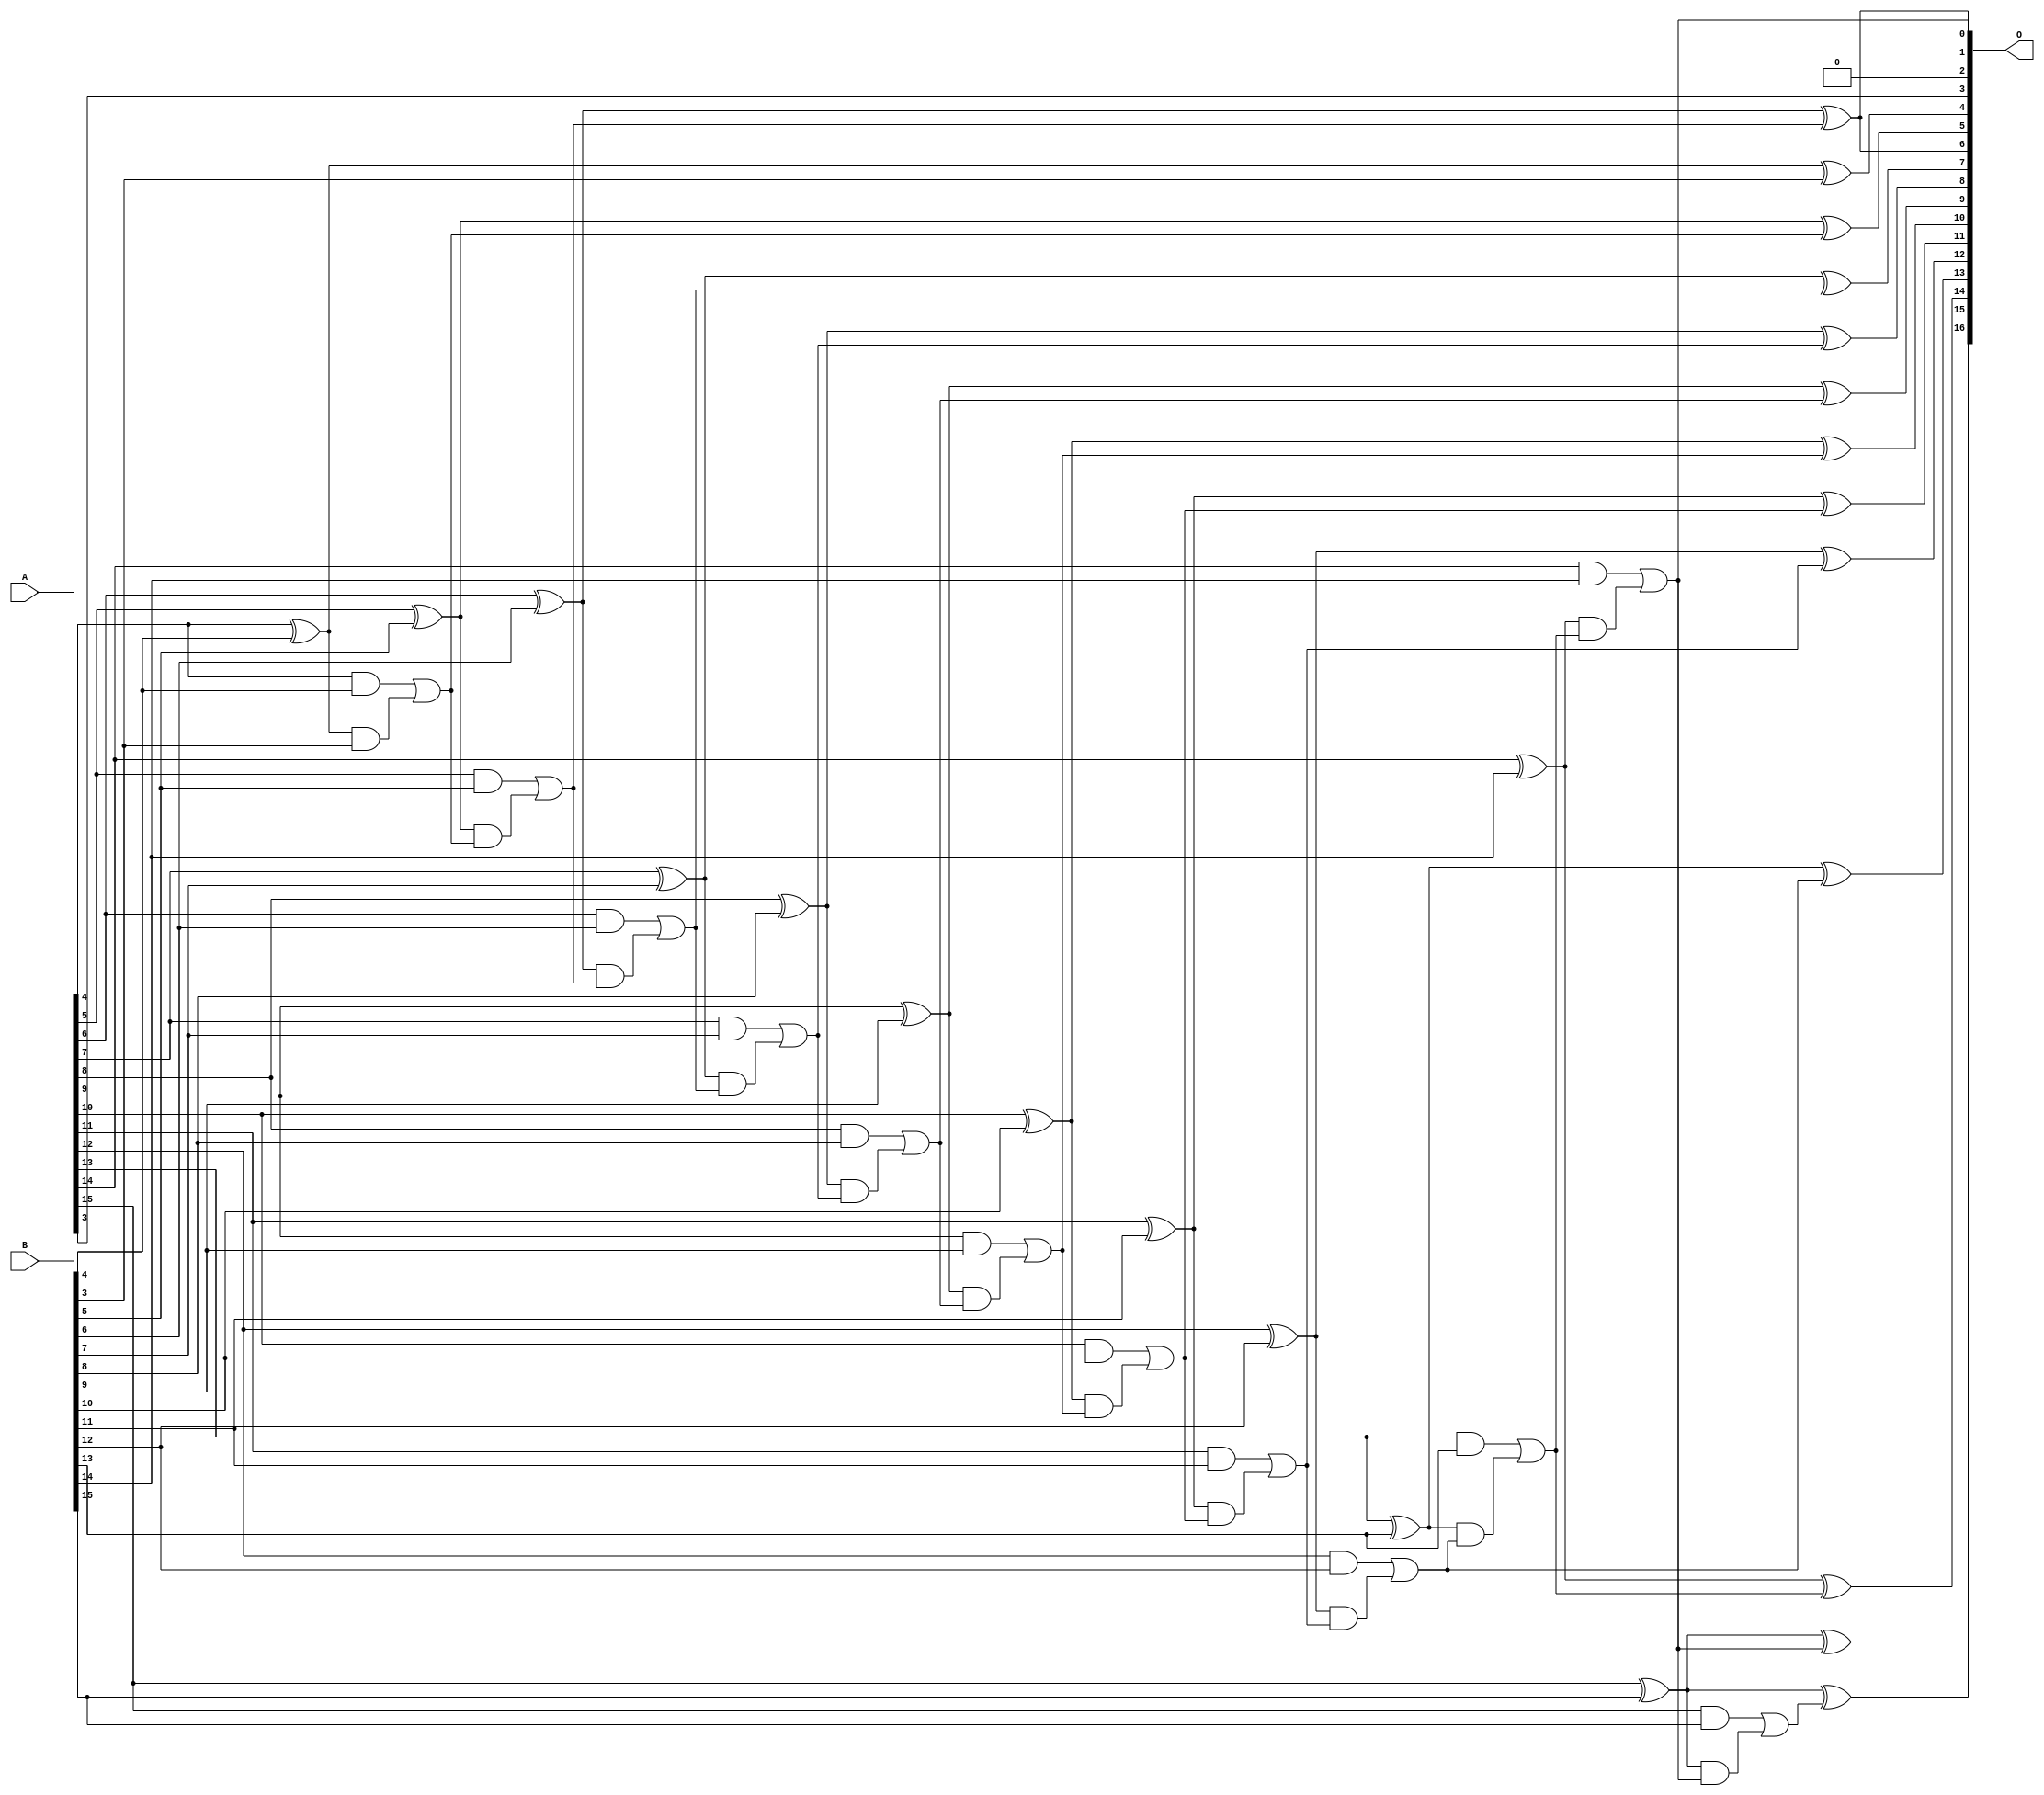
/***
* This code is a part of EvoApproxLib library (ehw.fit.vutbr.cz/approxlib) distributed under The MIT License.
* When used, please cite the following article(s): V. Mrazek, L. Sekanina, Z. Vasicek "Libraries of Approximate Circuits: Automated Design and Application in CNN Accelerators" IEEE Journal on Emerging and Selected Topics in Circuits and Systems, Vol 10, No 4, 2020 
* This file contains a circuit from a sub-set of pareto optimal circuits with respect to the pwr and mse parameters
***/
// MAE% = 0.0069 %
// MAE = 4.5 
// WCE% = 0.021 %
// WCE = 14 
// WCRE% = 900.00 %
// EP% = 93.75 %
// MRE% = 0.15 %
// MSE = 30 
// PDK45_PWR = 0.057 mW
// PDK45_AREA = 111.2 um2
// PDK45_DELAY = 1.00 ns

module add16se_1Y7 (
    A,
    B,
    O
);

input [15:0] A;
input [15:0] B;
output [16:0] O;

wire sig_49,sig_50,sig_51,sig_52,sig_53,sig_54,sig_55,sig_56,sig_57,sig_58,sig_59,sig_60,sig_61,sig_62,sig_63,sig_64,sig_65,sig_66,sig_67,sig_68;
wire sig_69,sig_70,sig_71,sig_72,sig_73,sig_74,sig_75,sig_76,sig_77,sig_78,sig_79,sig_80,sig_81,sig_82,sig_83,sig_84,sig_85,sig_86,sig_87,sig_88;
wire sig_89,sig_90,sig_91,sig_92,sig_93,sig_94,sig_95,sig_96,sig_97,sig_98,sig_99,sig_100,sig_101,sig_102,sig_103,sig_104,sig_105,sig_106,sig_107,sig_108;
wire sig_109,sig_110;

assign sig_49 = A[4] ^ B[4];
assign sig_50 = A[4] & B[4];
assign sig_51 = sig_49 & B[3];
assign sig_52 = sig_49 ^ B[3];
assign sig_53 = sig_50 | sig_51;
assign sig_54 = A[5] ^ B[5];
assign sig_55 = A[5] & B[5];
assign sig_56 = sig_54 & sig_53;
assign sig_57 = sig_54 ^ sig_53;
assign sig_58 = sig_55 | sig_56;
assign sig_59 = A[6] ^ B[6];
assign sig_60 = A[6] & B[6];
assign sig_61 = sig_59 & sig_58;
assign sig_62 = sig_59 ^ sig_58;
assign sig_63 = sig_60 | sig_61;
assign sig_64 = A[7] ^ B[7];
assign sig_65 = A[7] & B[7];
assign sig_66 = sig_64 & sig_63;
assign sig_67 = sig_64 ^ sig_63;
assign sig_68 = sig_65 | sig_66;
assign sig_69 = A[8] ^ B[8];
assign sig_70 = A[8] & B[8];
assign sig_71 = sig_69 & sig_68;
assign sig_72 = sig_69 ^ sig_68;
assign sig_73 = sig_70 | sig_71;
assign sig_74 = A[9] ^ B[9];
assign sig_75 = A[9] & B[9];
assign sig_76 = sig_74 & sig_73;
assign sig_77 = sig_74 ^ sig_73;
assign sig_78 = sig_75 | sig_76;
assign sig_79 = A[10] ^ B[10];
assign sig_80 = A[10] & B[10];
assign sig_81 = sig_79 & sig_78;
assign sig_82 = sig_79 ^ sig_78;
assign sig_83 = sig_80 | sig_81;
assign sig_84 = A[11] ^ B[11];
assign sig_85 = A[11] & B[11];
assign sig_86 = sig_84 & sig_83;
assign sig_87 = sig_84 ^ sig_83;
assign sig_88 = sig_85 | sig_86;
assign sig_89 = A[12] ^ B[12];
assign sig_90 = A[12] & B[12];
assign sig_91 = sig_89 & sig_88;
assign sig_92 = sig_89 ^ sig_88;
assign sig_93 = sig_90 | sig_91;
assign sig_94 = A[13] ^ B[13];
assign sig_95 = A[13] & B[13];
assign sig_96 = sig_94 & sig_93;
assign sig_97 = sig_94 ^ sig_93;
assign sig_98 = sig_95 | sig_96;
assign sig_99 = A[14] ^ B[14];
assign sig_100 = A[14] & B[14];
assign sig_101 = sig_99 & sig_98;
assign sig_102 = sig_99 ^ sig_98;
assign sig_103 = sig_100 | sig_101;
assign sig_104 = A[15] ^ B[15];
assign sig_105 = A[15] & B[15];
assign sig_106 = sig_104 & sig_103;
assign sig_107 = sig_104 ^ sig_103;
assign sig_108 = sig_105 | sig_106;
assign sig_109 = A[15] ^ B[15];
assign sig_110 = sig_109 ^ sig_108;

assign O[16] = sig_110;
assign O[15] = sig_107;
assign O[14] = sig_102;
assign O[13] = sig_97;
assign O[12] = sig_92;
assign O[11] = sig_87;
assign O[10] = sig_82;
assign O[9] = sig_77;
assign O[8] = sig_72;
assign O[7] = sig_67;
assign O[6] = sig_62;
assign O[5] = sig_57;
assign O[4] = sig_52;
assign O[3] = A[3];
assign O[2] = 1'b0;
assign O[1] = sig_103;
assign O[0] = sig_62;

endmodule